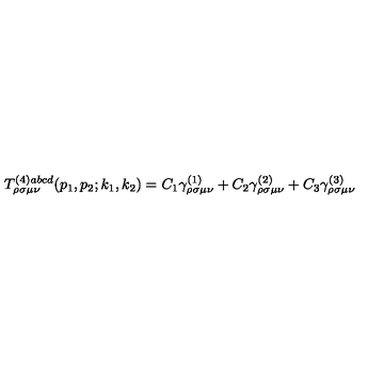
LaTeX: T _ { \rho \sigma \mu \nu } ^ { ( 4 ) a b c d } ( p _ { 1 } , p _ { 2 } ; k _ { 1 } , k _ { 2 } ) = C _ { 1 } \gamma _ { \rho \sigma \mu \nu } ^ { ( 1 ) } + C _ { 2 } \gamma _ { \rho \sigma \mu \nu } ^ { ( 2 ) } + C _ { 3 } \gamma _ { \rho \sigma \mu \nu } ^ { ( 3 ) }